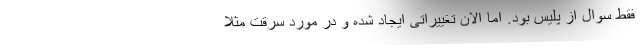
فقط سوال از پلیس بود. اما الان تغییراتی ایجاد شده و در مورد سرقت مثلا